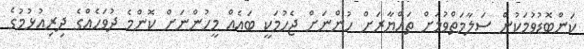
ކަންބޮޑުވުމަކުން ސަލާމަތްވުމަށް ތައްޔާރަށް ހުންނަށް ޖެހުމަކީ ބައެއް މީހުންނަށް ކޮންމެ ދުވަހެއްގެ ދިރިއުޅުމުގެ